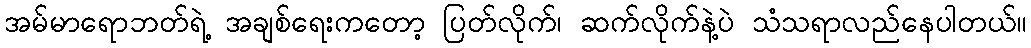
အမ်မာရောဘတ်ရဲ့ အချစ်ရေးကတော့ ပြတ်လိုက်၊ ဆက်လိုက်နဲ့ပဲ သံသရာလည်နေပါတယ်။